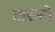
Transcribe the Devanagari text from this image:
टारन्टो